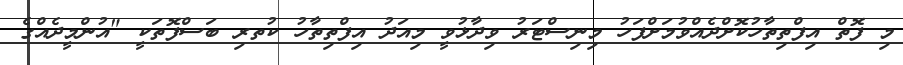
މި ފޮތް އިފްތިތާހުކޮށްދެއްވުމަށްފަހު މިނިސްޓަރު ވިދާޅުވީ މިއަދު އިފްތިތާހު ކުތރި ބަސްފޮތަކީ "އުންމީދެއްގެ